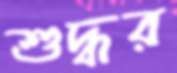
শুদ্ধর